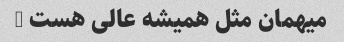
میهمان مثل همیشه عالی هست …